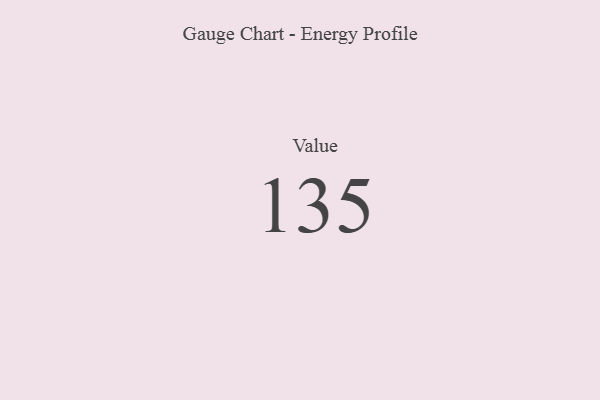
{"axis": {"x": "Metric", "y": "Value"}, "legend": [""], "data": [{"x": "Value", "y": 135, "type": ""}]}